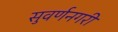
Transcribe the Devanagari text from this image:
सुवर्णनगरी